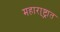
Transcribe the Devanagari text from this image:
महारा्ष्ट्रात